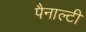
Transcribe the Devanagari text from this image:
पैनाल्टी